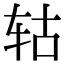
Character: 轱